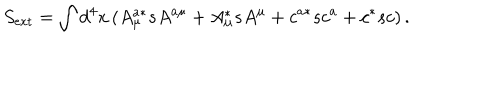
S _ { \mathrm { e x t } } = \int d ^ { 4 } x \left( A _ { \mu } ^ { a * } s A ^ { a \mu } + A _ { \mu } ^ { * } s A ^ { \mu } + c ^ { a * } s c ^ { a } + c ^ { * } s c \right) .